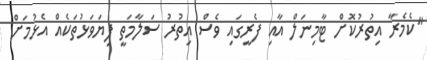
"ކެމެރާ އިތުރުކޮށް ޓާމިނަލް އާއި ފެރީގައި ވެސް އިތުރު ސަލާމަތީ ފިޔަވަޅުތަކެއް އެޅުމަށް